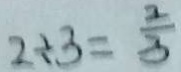
2 \div 3 = \frac { 2 } { 3 }